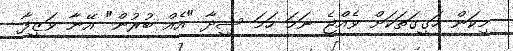
މިކަން ހަގީގަތަކަށް ވެއްޖެ ނަމަ ހަމަ ސީދާ "އެއް ބުރުން" އޭނާ ވަޒީފާ